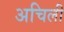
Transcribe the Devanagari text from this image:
अचिली